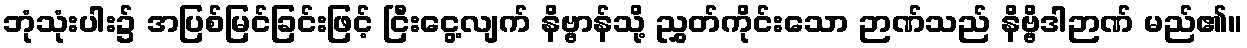
ဘုံသုံးပါး၌ အပြစ်မြင်ခြင်းဖြင့် ငြီးငွေ့လျက် နိဗ္ဗာန်သို့ ညွှတ်ကိုင်းသော ဉာဏ်သည် နိဗ္ဗိဒါဉာဏ် မည်၏။